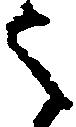
之